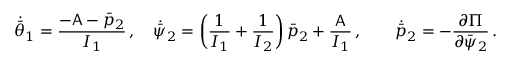
\dot { \bar { \theta } } _ { 1 } = \frac { - \mathsf { A } - \bar { p } _ { 2 } } { I _ { 1 } } \, , \quad \dot { \bar { \psi } } _ { 2 } = \left( \frac { 1 } { I _ { 1 } } + \frac { 1 } { I _ { 2 } } \right) \bar { p } _ { 2 } + \frac { \mathsf { A } } { I _ { 1 } } \, , \qquad \dot { \bar { p } } _ { 2 } = - \frac { \partial \Pi } { \partial \bar { \psi } _ { 2 } } \, .